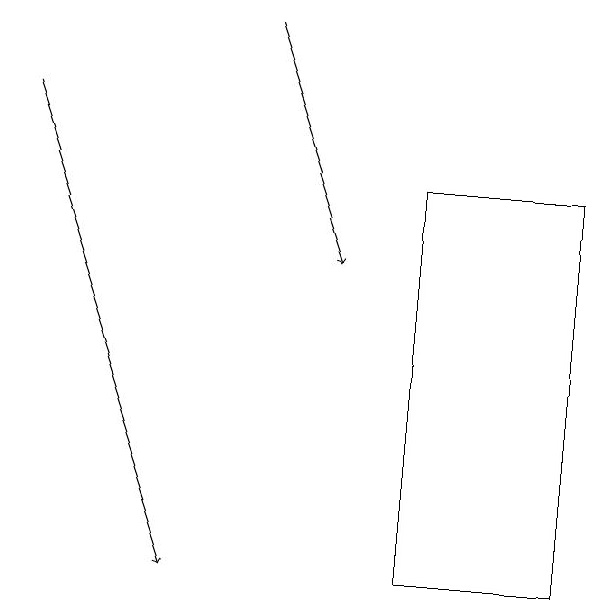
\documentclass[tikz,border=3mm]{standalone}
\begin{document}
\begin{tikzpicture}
\draw[->] (4,19) -- (5,16);
\draw[->] (1,18) -- (3,12);
\draw (6,12) rectangle (8,17);
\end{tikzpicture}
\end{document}